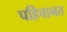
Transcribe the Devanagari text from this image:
पहिचानत